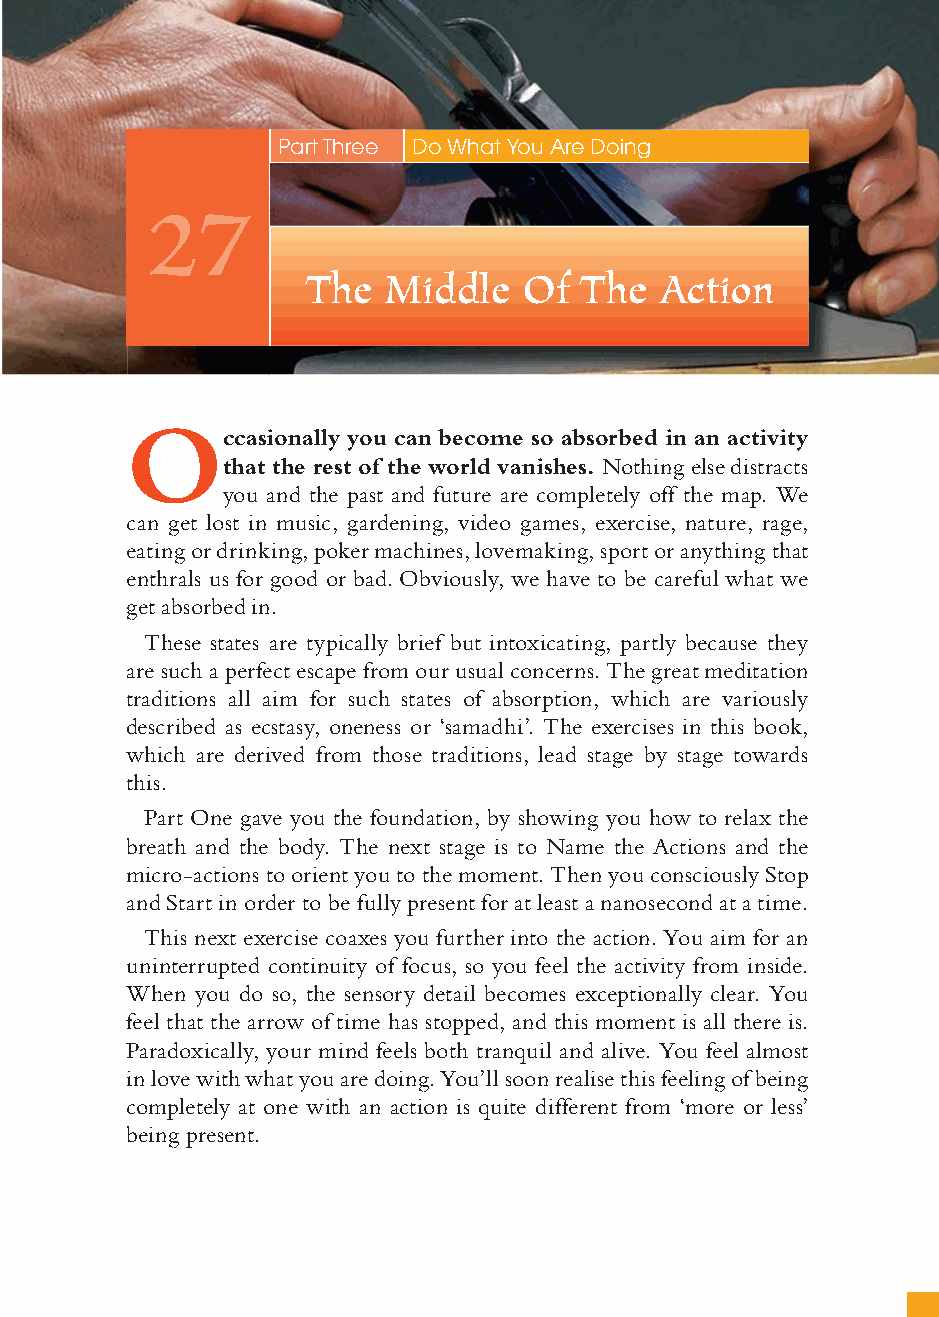
113
 Part Three Do What You Are Doing
 27
 The  Middle   Of  The  Action
 O
 ccasionally you can become so absorbed in an activity
 that the rest of the world vanishes. Nothing else distracts
 you and the past and future are completely off the map. We
 can get lost in music, gardening, video games, exercise, nature, rage,
 eating or drinking, poker machines, lovemaking, sport or anything that
 enthrals us for good or bad. Obviously, we have to be careful what we
 get absorbed in.
 These states are typically brief but intoxicating, partly because they
 are such a perfect escape from our usual concerns. The great meditation
 traditions all aim for such states of absorption, which are variously
 described as ecstasy, oneness or ‘samadhi’. The exercises in this book,
 which are derived from those traditions, lead stage by stage towards
 this.
 Part One gave you the foundation, by showing you how to relax the
 breath and the body. The next stage is to Name the Actions and the
 micro-actions to orient you to the moment. Then you consciously Stop
 and Start in order to be fully present for at least a nanosecond at a time.
 This next exercise coaxes you further into the action. You aim for an
 uninterrupted continuity of focus, so you feel the activity from inside.
 When you do so, the sensory detail becomes exceptionally clear. You
 feel that the arrow of time has stopped, and this moment is all there is.
 Paradoxically, your mind feels both tranquil and alive. You feel almost
 in love with what you are doing. You’ll soon realise this feeling of being
 completely at one with an action is quite different from ‘more or less’
 being present.
 ffiivvee__220000667788..iinndddd SSeecc11::111177   3300//55//0055 55::0055::1177 PPMM